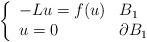
\begin{align*}\left\{\begin{array}{ll}-L u = f(u) & B_1 \\u = 0 & \partial B_1\end{array}\right.\end{align*}